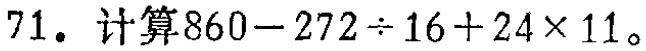
71. 计算\(860 - 272\div16 + 24\times11\)。